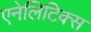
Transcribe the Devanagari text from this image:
एनेलिटिक्स